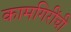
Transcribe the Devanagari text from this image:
कामगिरींची